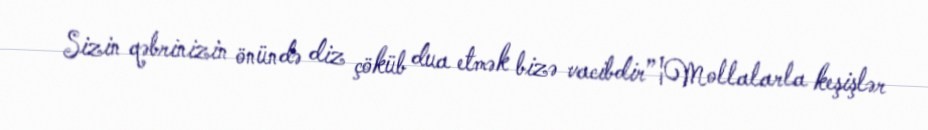
Sizin qəbrinizin önündə diz çöküb dua etmək bizə vacibdir”¦Mollalarla keşişlər